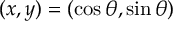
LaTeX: ( x , y ) = ( \cos \theta , \sin \theta )